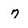
Character: 7